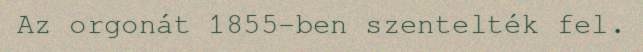
Az orgonát 1855-ben szentelték fel.